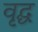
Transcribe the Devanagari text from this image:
वृद्घ